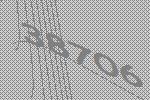
38706